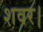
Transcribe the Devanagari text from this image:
शवर।